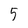
Character: 5